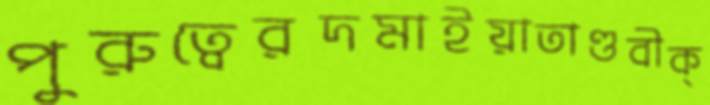
পুরুত্বেরদমাইয়াতাণ্ডবীক্